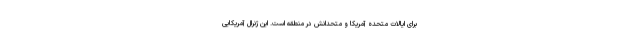
برای ایالات متحده آمریکا و متحدانش در منطقه است. این ژنرال آمریکایی